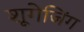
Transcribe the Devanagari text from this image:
शूगेजिंग